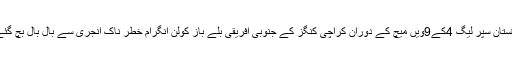
پاکستان سپر لیگ 4کے9ویں میچ کے دوران کراچی کنگز کے جنوبی افریقی بلے باز کولن انگرام خطر ناک انجری سے بال بال بچ گئے ۔